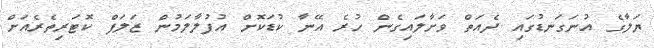
ޔަލާގެ އުނަގަނޑުގައި ދެއަތް ވަށާލައިގެން ހުރެ އޭނާ ކުޑަކޮށް އުފުލާލަމުން ޒަލަފް ކޮޓަރިތެރެއަށް